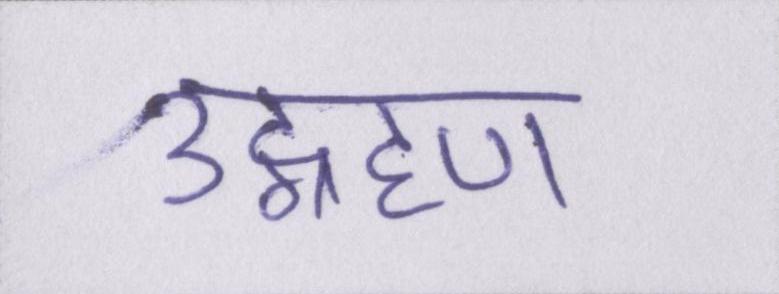
उद्ग्रहण